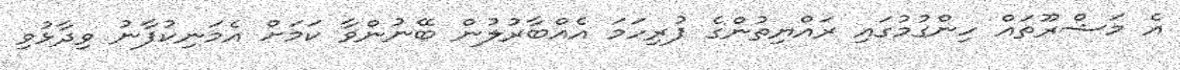
އެ މަޝްރޫތައް ހިންގުމުގައި ރައްޔިތުންގެ ފުރިހަމަ އެއްބާރުލުން ބޭނުންވާ ކަމަށް އެމަނިކުފާނު ވިދާޅުވި